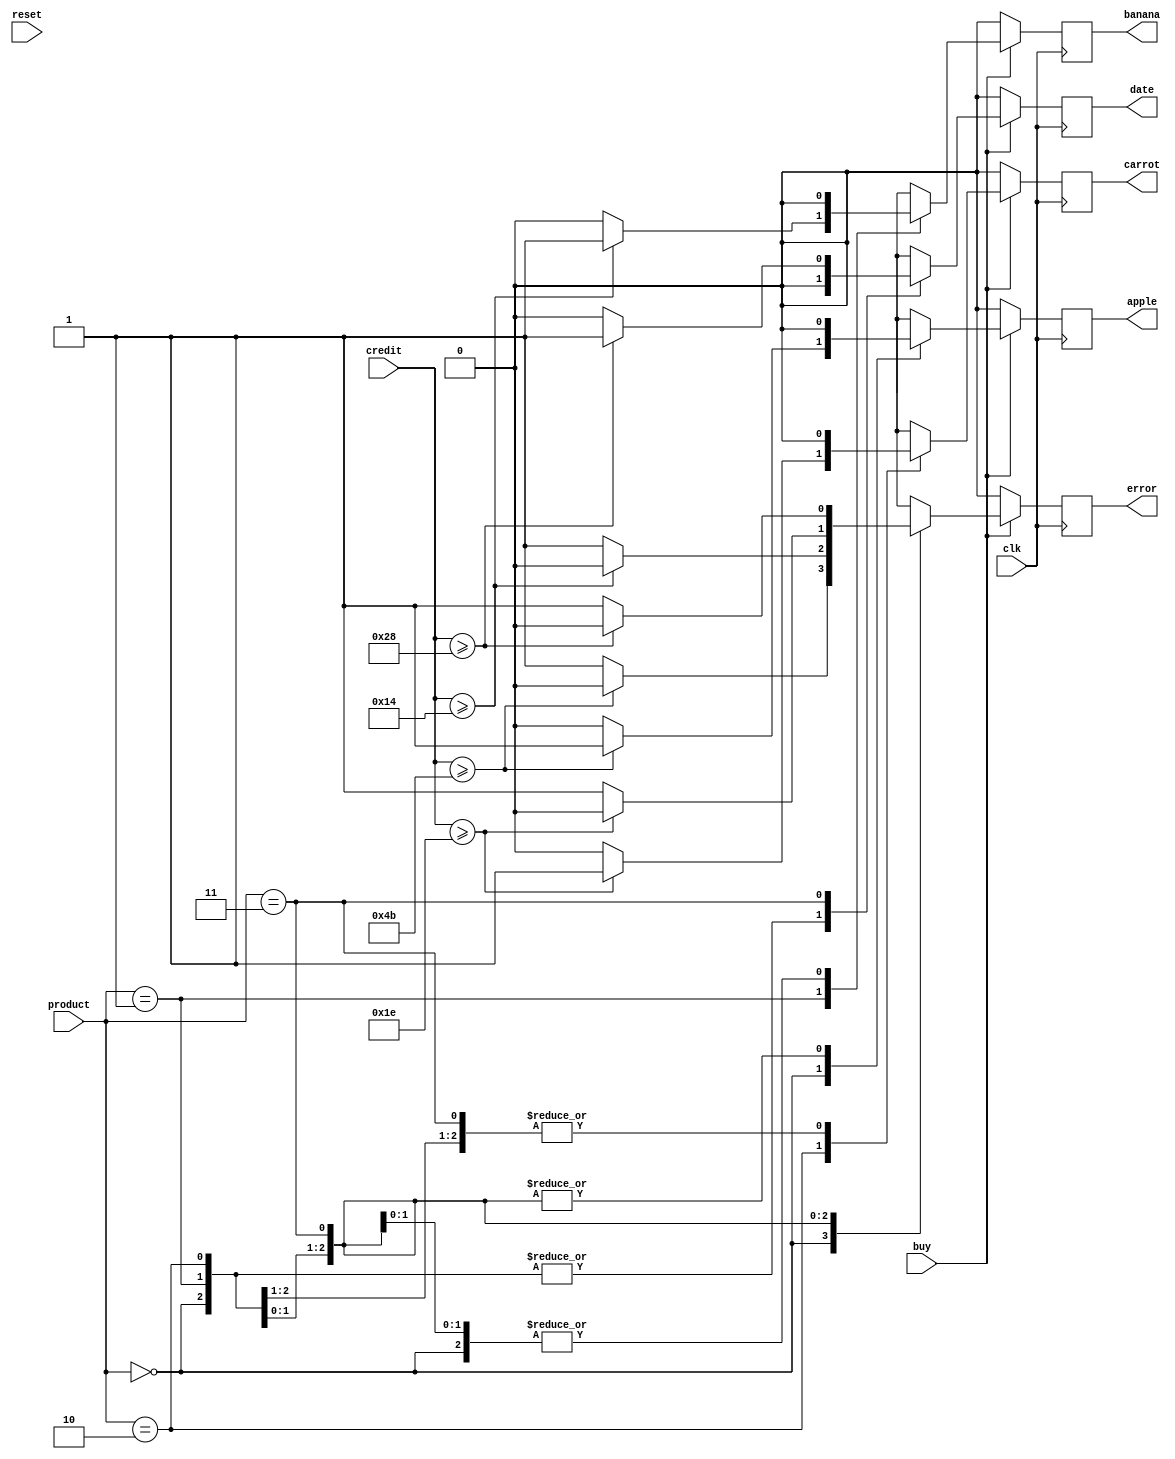
module PurchaseManager(clk, reset, buy, product, credit, apple, banana, carrot, date, error);
input clk, reset;
input buy;
input [1:0] product;
input [7:0] credit;
output reg apple, banana, carrot, date, error;

initial begin
apple <= 0;
banana <= 0;
carrot <= 0;
date <= 0;
error <= 0;
end

always@(posedge clk) begin
if(buy)begin
case(product)
	2'b00 : begin
			banana = 0;
			carrot = 0;
			date = 0;
			error = (credit >= 75) ? 0 : 1;
			apple = (credit >= 75) ? 1 : 0;
		end
	2'b01 : begin
			banana <= (credit >= 20) ? 1 : 0;
			error <= (credit >= 20) ? 0 : 1;
			apple <= 0;
			carrot <= 0;
			date <= 0;
		end
	2'b10 : begin
			carrot <= (credit >= 30) ? 1 : 0;
			error <= (credit >=30) ? 0 : 1;
			apple <= 0;
			banana <= 0;
			date <= 0;
		end
	2'b11 : begin
			date = (credit >= 40) ? 1 : 0;
			error = (credit >= 40) ? 0 : 1;
			apple <= 0;
			banana <= 0;
			carrot <= 0;
		end
endcase
end else begin
	apple <= 0;
	banana <= 0;
	carrot <= 0;
	date <= 0;
	error <= 0;
end
end
endmodule